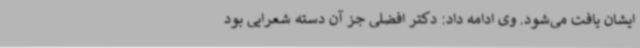
ایشان یافت می‌شود. وی ادامه داد: دکتر افضلی جز آن دسته شعرایی بود